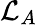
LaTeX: \mathcal{L}_{A}